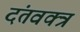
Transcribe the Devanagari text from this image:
दंतवक्त्र